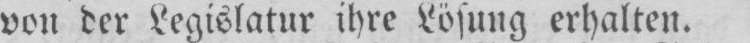
von der Legislatur ihre Lösung erhalten.